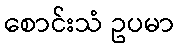
စောင်းသံ ဥပမာ